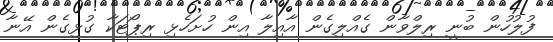
ފުލުހުން ބުނީ ރިލްވާން ގެއްލިގެން އާއިލާ އިން ހުށަހެޅި ރިޕޯޓަކާ ގުޅިގެން އޭނާ